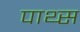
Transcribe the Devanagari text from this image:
पाथ्स